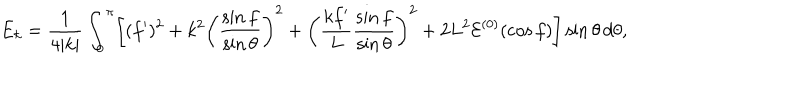
LaTeX: E _ { k } = \frac { 1 } { 4 | k | } \int _ { 0 } ^ { \pi } \biggl [ ( f ^ { \prime } ) ^ { 2 } + k ^ { 2 } \biggl ( \frac { \sin f } { \sin \theta } \biggr ) ^ { 2 } + \biggl ( \frac { k f ^ { \prime } } { L } \frac { \sin f } { \sin \theta } \biggr ) ^ { 2 } + 2 L ^ { 2 } { \cal E } ^ { ( 0 ) } ( \cos f ) \biggr ] \sin \theta \, d \theta ,